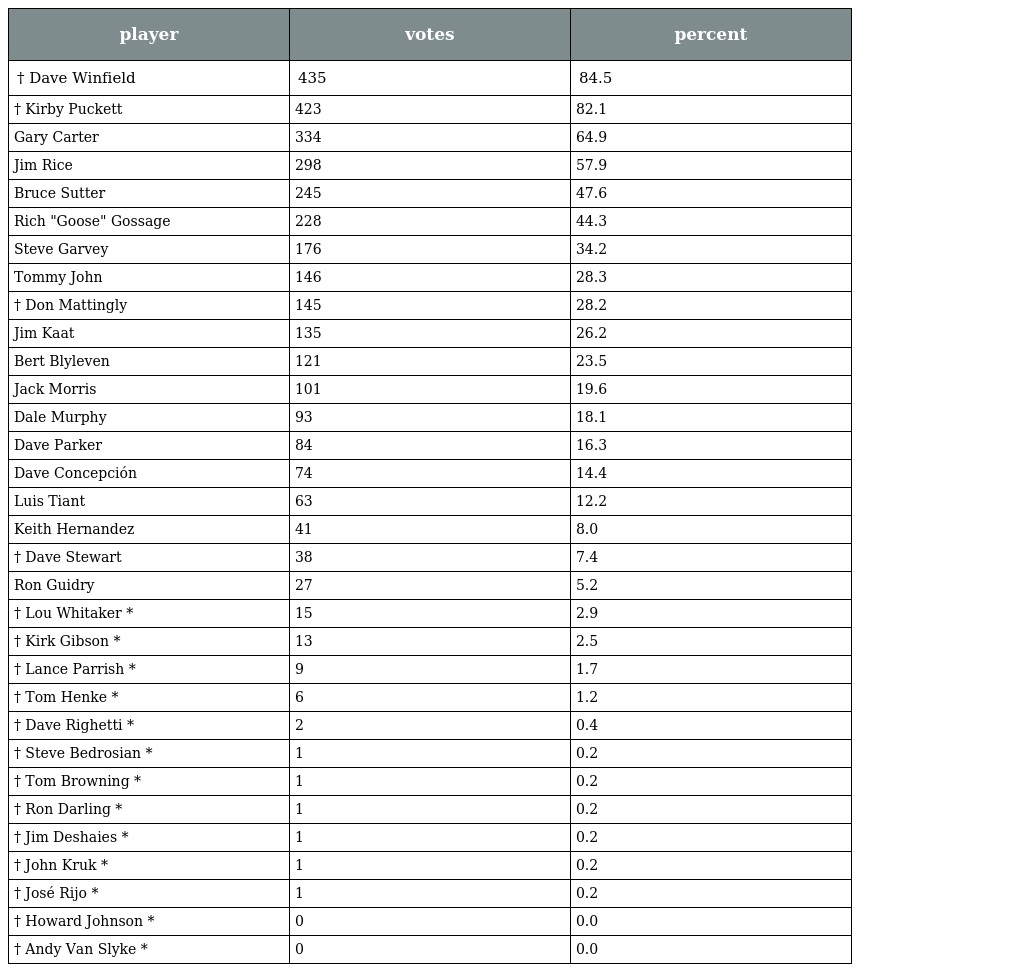
| player | votes | percent |
 | --- | --- | --- |
 | † Dave Winfield | 435 | 84.5 |
 | † Kirby Puckett | 423 | 82.1 |
 | Gary Carter | 334 | 64.9 |
 | Jim Rice | 298 | 57.9 |
 | Bruce Sutter | 245 | 47.6 |
 | Rich "Goose" Gossage | 228 | 44.3 |
 | Steve Garvey | 176 | 34.2 |
 | Tommy John | 146 | 28.3 |
 | † Don Mattingly | 145 | 28.2 |
 | Jim Kaat | 135 | 26.2 |
 | Bert Blyleven | 121 | 23.5 |
 | Jack Morris | 101 | 19.6 |
 | Dale Murphy | 93 | 18.1 |
 | Dave Parker | 84 | 16.3 |
 | Dave Concepción | 74 | 14.4 |
 | Luis Tiant | 63 | 12.2 |
 | Keith Hernandez | 41 | 8.0 |
 | † Dave Stewart | 38 | 7.4 |
 | Ron Guidry | 27 | 5.2 |
 | † Lou Whitaker * | 15 | 2.9 |
 | † Kirk Gibson * | 13 | 2.5 |
 | † Lance Parrish * | 9 | 1.7 |
 | † Tom Henke * | 6 | 1.2 |
 | † Dave Righetti * | 2 | 0.4 |
 | † Steve Bedrosian * | 1 | 0.2 |
 | † Tom Browning * | 1 | 0.2 |
 | † Ron Darling * | 1 | 0.2 |
 | † Jim Deshaies * | 1 | 0.2 |
 | † John Kruk * | 1 | 0.2 |
 | † José Rijo * | 1 | 0.2 |
 | † Howard Johnson * | 0 | 0.0 |
 | † Andy Van Slyke * | 0 | 0.0 |